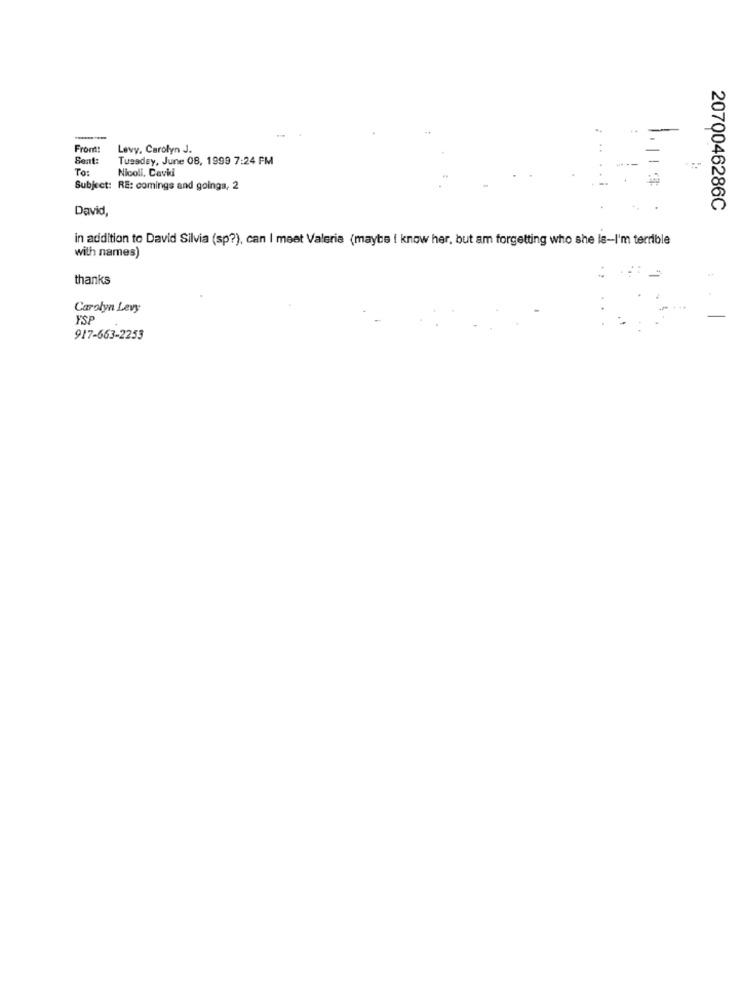
Front!
Levy, Carolyn J.
Sent:
Tuesday, June 08, 1999 7:24 PM
To:
Nicoli, Cavidi
Subject: RE: comings and goings, 2
David,
2070046286C
in addition to David Silvia (sp?), can I meet Valeria (maybe I know her, but am forgetting who she le-I'm terrible
with names)
thanks
Carolyn Levy
YSF
917-663-2253